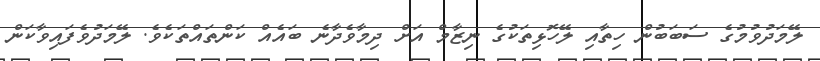
ލޭމަދުވުމުގެ ސަބަބުން ހިތާއި ލޭހޮޅިތަކުގެ ނިޒާމް އަށް ދިމާވެދާނެ ބައެއް ކަންތައްތަކެވެ. ލޭމަދުވެފައިވާކަން